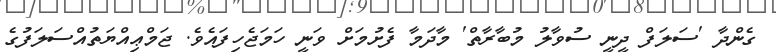
ގެންދާ 'ސަލަފް ދީނީ ސުވާލު މުބާރާތް' މާދަމާ ފެށުމަށް ވަނީ ހަމަޖެހިފައެވެ. ޖަމްޢިއްޔަތުއްސަލަފުގެ